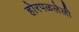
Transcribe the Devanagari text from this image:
होरपळलेली